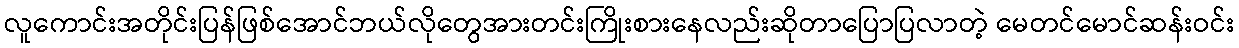
လူကောင်းအတိုင်းပြန်ဖြစ်အောင်ဘယ်လိုတွေအားတင်းကြိုးစားနေလည်းဆိုတာပြောပြလာတဲ့ မေတင်မောင်ဆန်းဝင်း